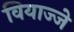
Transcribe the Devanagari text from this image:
वियाज्जे